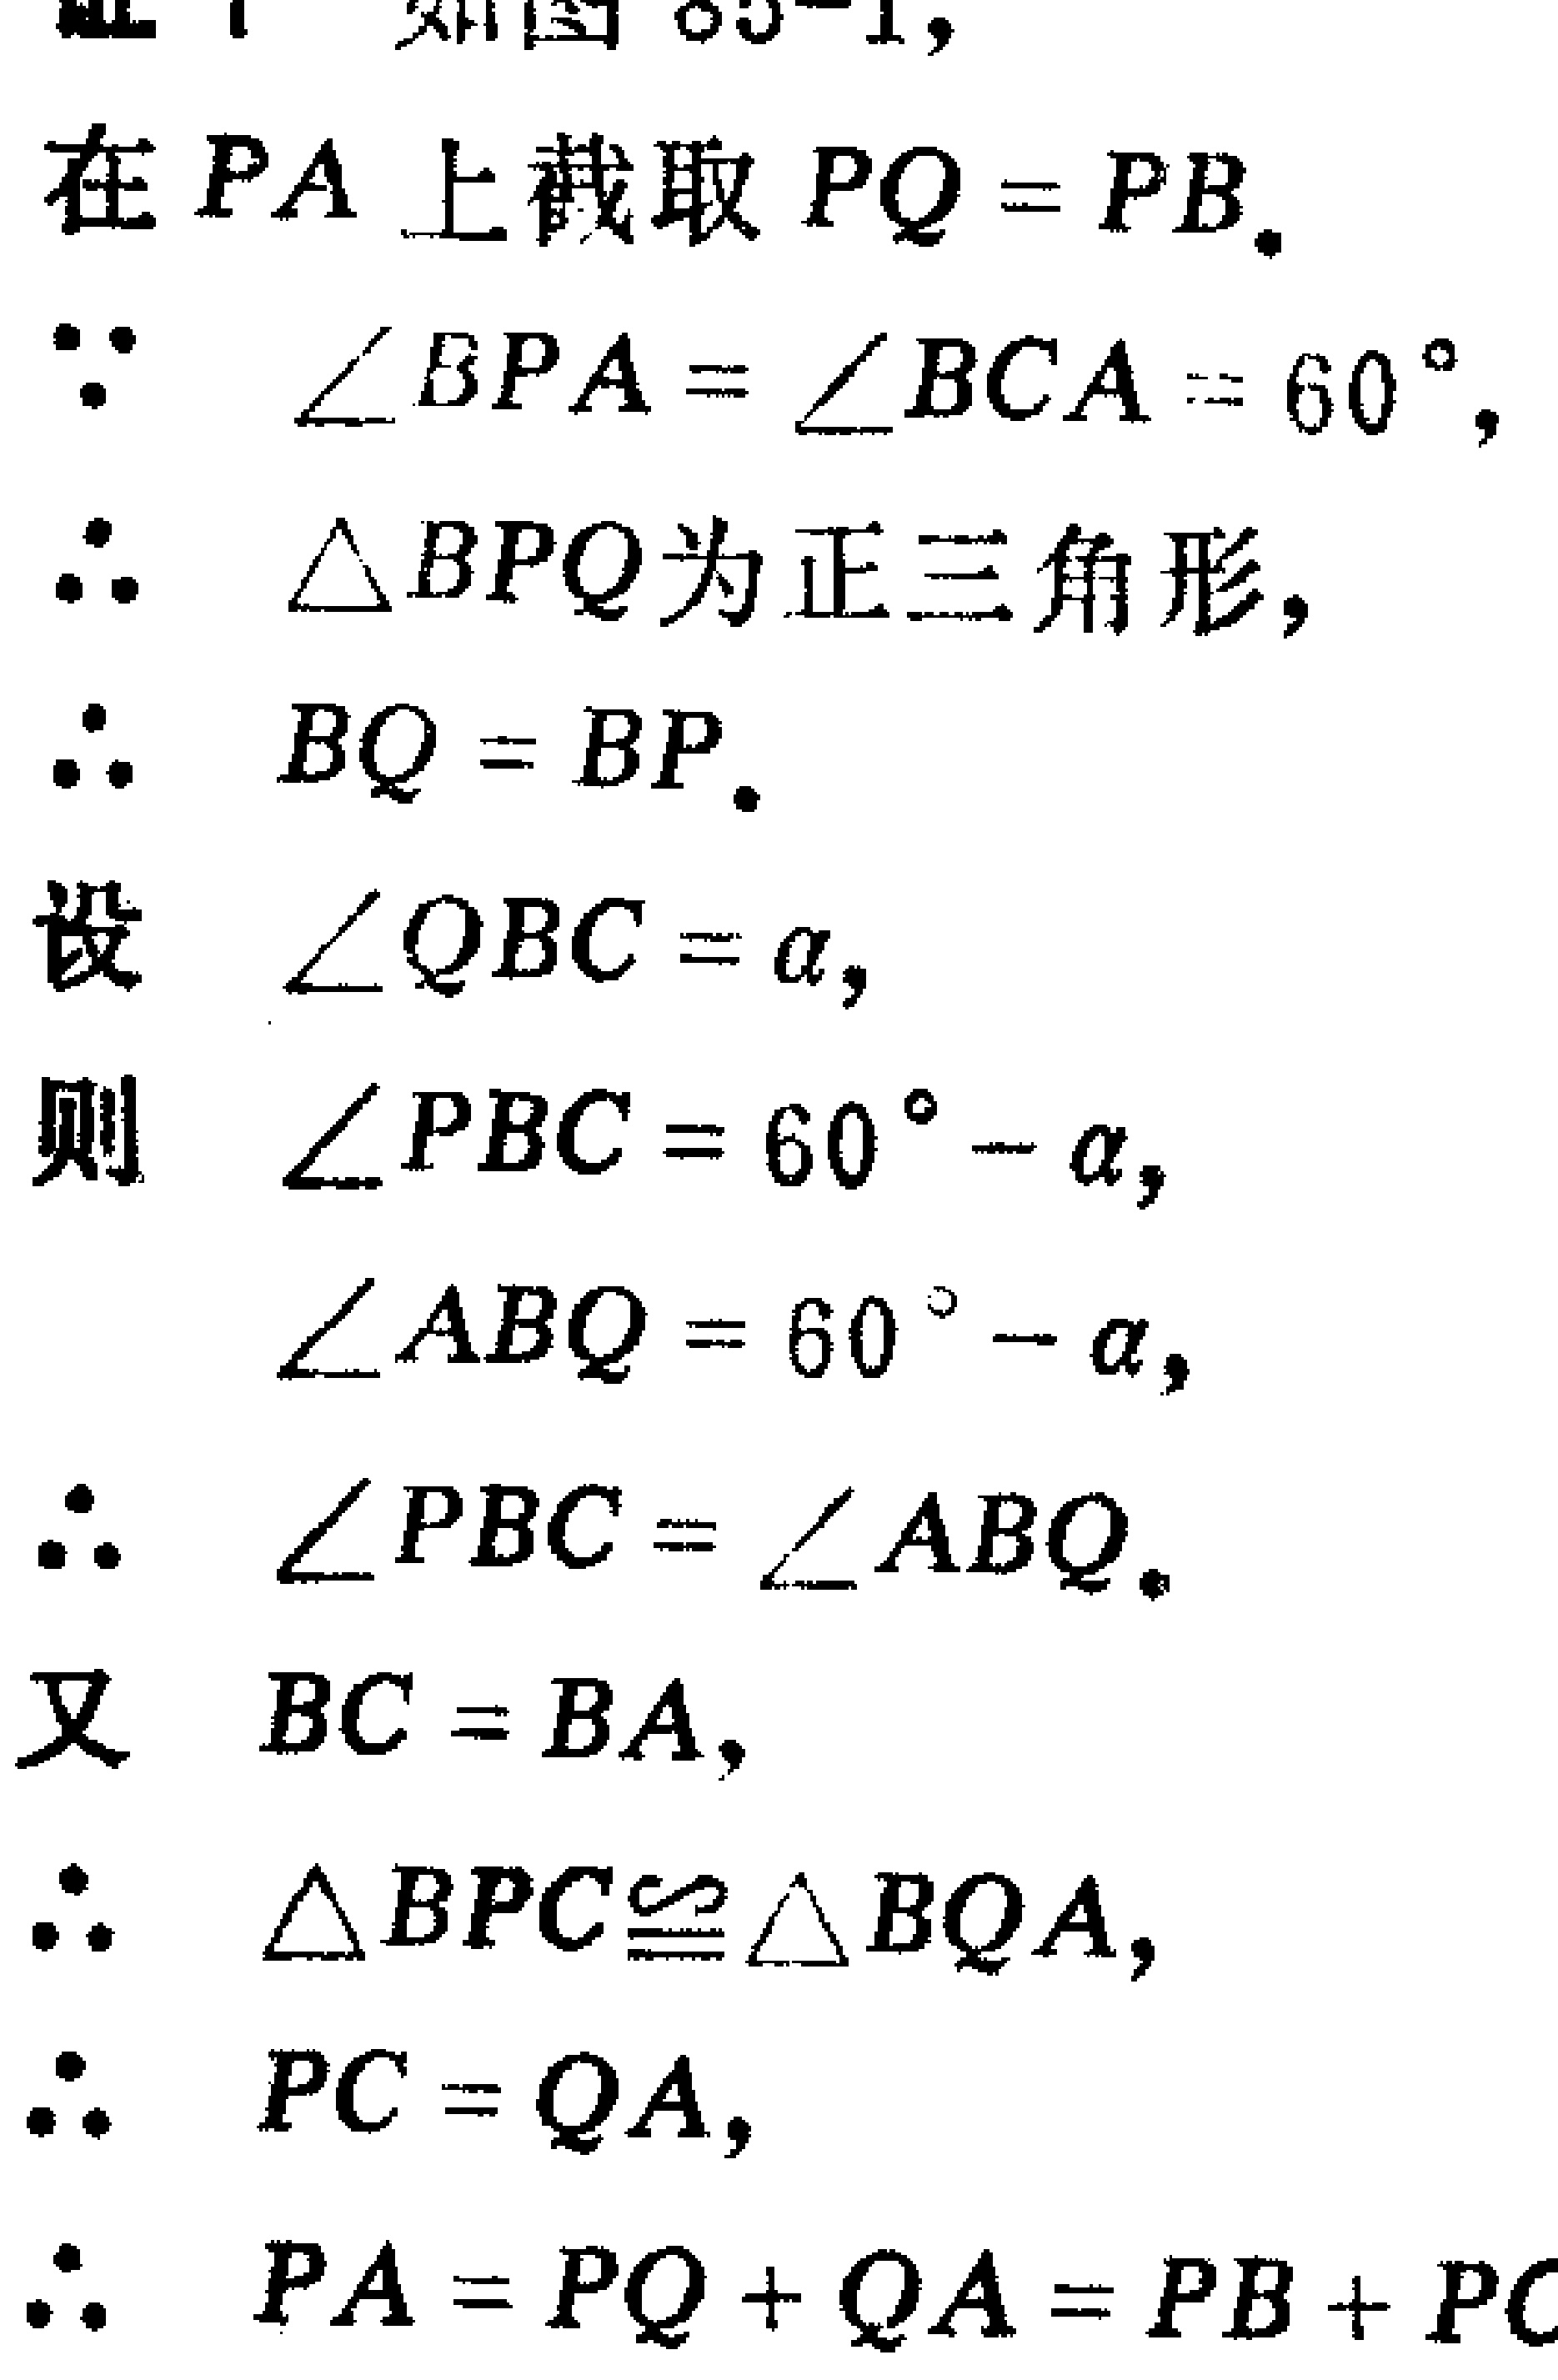
证明：如图85-1，
在\(PA\)上截取\(PQ = PB\)。
\(\because\) \(\angle BPA=\angle BCA = 60^{\circ}\)，
\(\therefore\) \(\triangle BPQ\)为正三角形，
\(\therefore\) \(BQ = BP\)。
设 \(\angle QBC=\alpha\)，
则 \(\angle PBC = 60^{\circ}-\alpha\)，
\(\angle ABQ = 60^{\circ}-\alpha\)，
\(\therefore\) \(\angle PBC=\angle ABQ\)。
又 \(BC = BA\)，
\(\therefore\) \(\triangle BPC\cong\triangle BQA\)，
\(\therefore\) \(PC = QA\)，
\(\therefore\) \(PA = PQ + QA=PB + PC\)